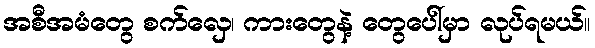
အစီအမံတွေ စက်လှေ၊ ကားတွေနဲ့ တွေပေါ်မှာ လုပ်ရမယ်။